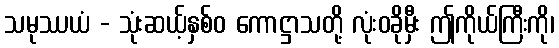
သမုဿယံ - သုံးဆယ့်နှစ်ဝ ကောဋ္ဌာသတို့ လုံးဝခိုမှီး ဤကိုယ်ကြီးကို၊